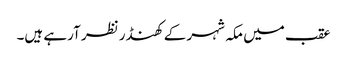
عقب میں مکہ شہر کے کھنڈر نظر آرہے ہیں۔